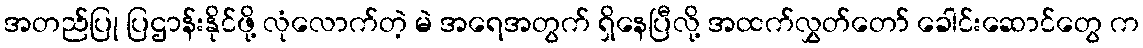
အတည်ပြု ပြဌာန်းနိုင်ဖို့ လုံလောက်တဲ့ မဲ အရေအတွက် ရှိနေပြီလို့ အထက်လွှတ်တော် ခေါင်းဆောင်တွေ က